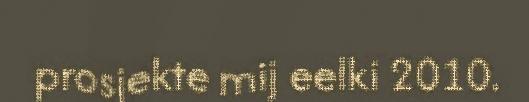
prosjekte mij eelki 2010.